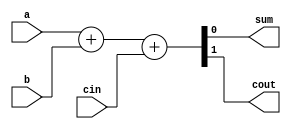
`timescale 1ns / 1ps
//////////////////////////////////////////////////////////////////////////////////
// Company: 
// Engineer: 
// 
// Design Name: 
// Module Name:    full_adder 
// Project Name: 
// Target Devices: 
// Tool versions: 
// Description: 
//
// Dependencies: 
//
// Revision: 
// Revision 0.01 - File Created
// Additional Comments: 
//
//////////////////////////////////////////////////////////////////////////////////
module full_adder(input a,b,cin,output reg sum,output reg cout
    );
always@(*)
	{cout,sum}=a+b+cin;
endmodule